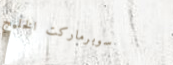
سوبرماركت الخليج